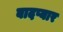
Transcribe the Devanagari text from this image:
बादप्यार